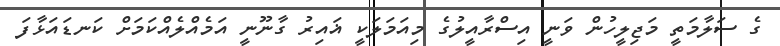
ގެ ސަލާމަތީ މަޖިލީހުން ވަނީ އިސްރާއީލުގެ މިއަމަލަކީ ޣައިރު ގާނޫނީ އަމެއްލެއްކަމަށް ކަނޑައަޅާފަ